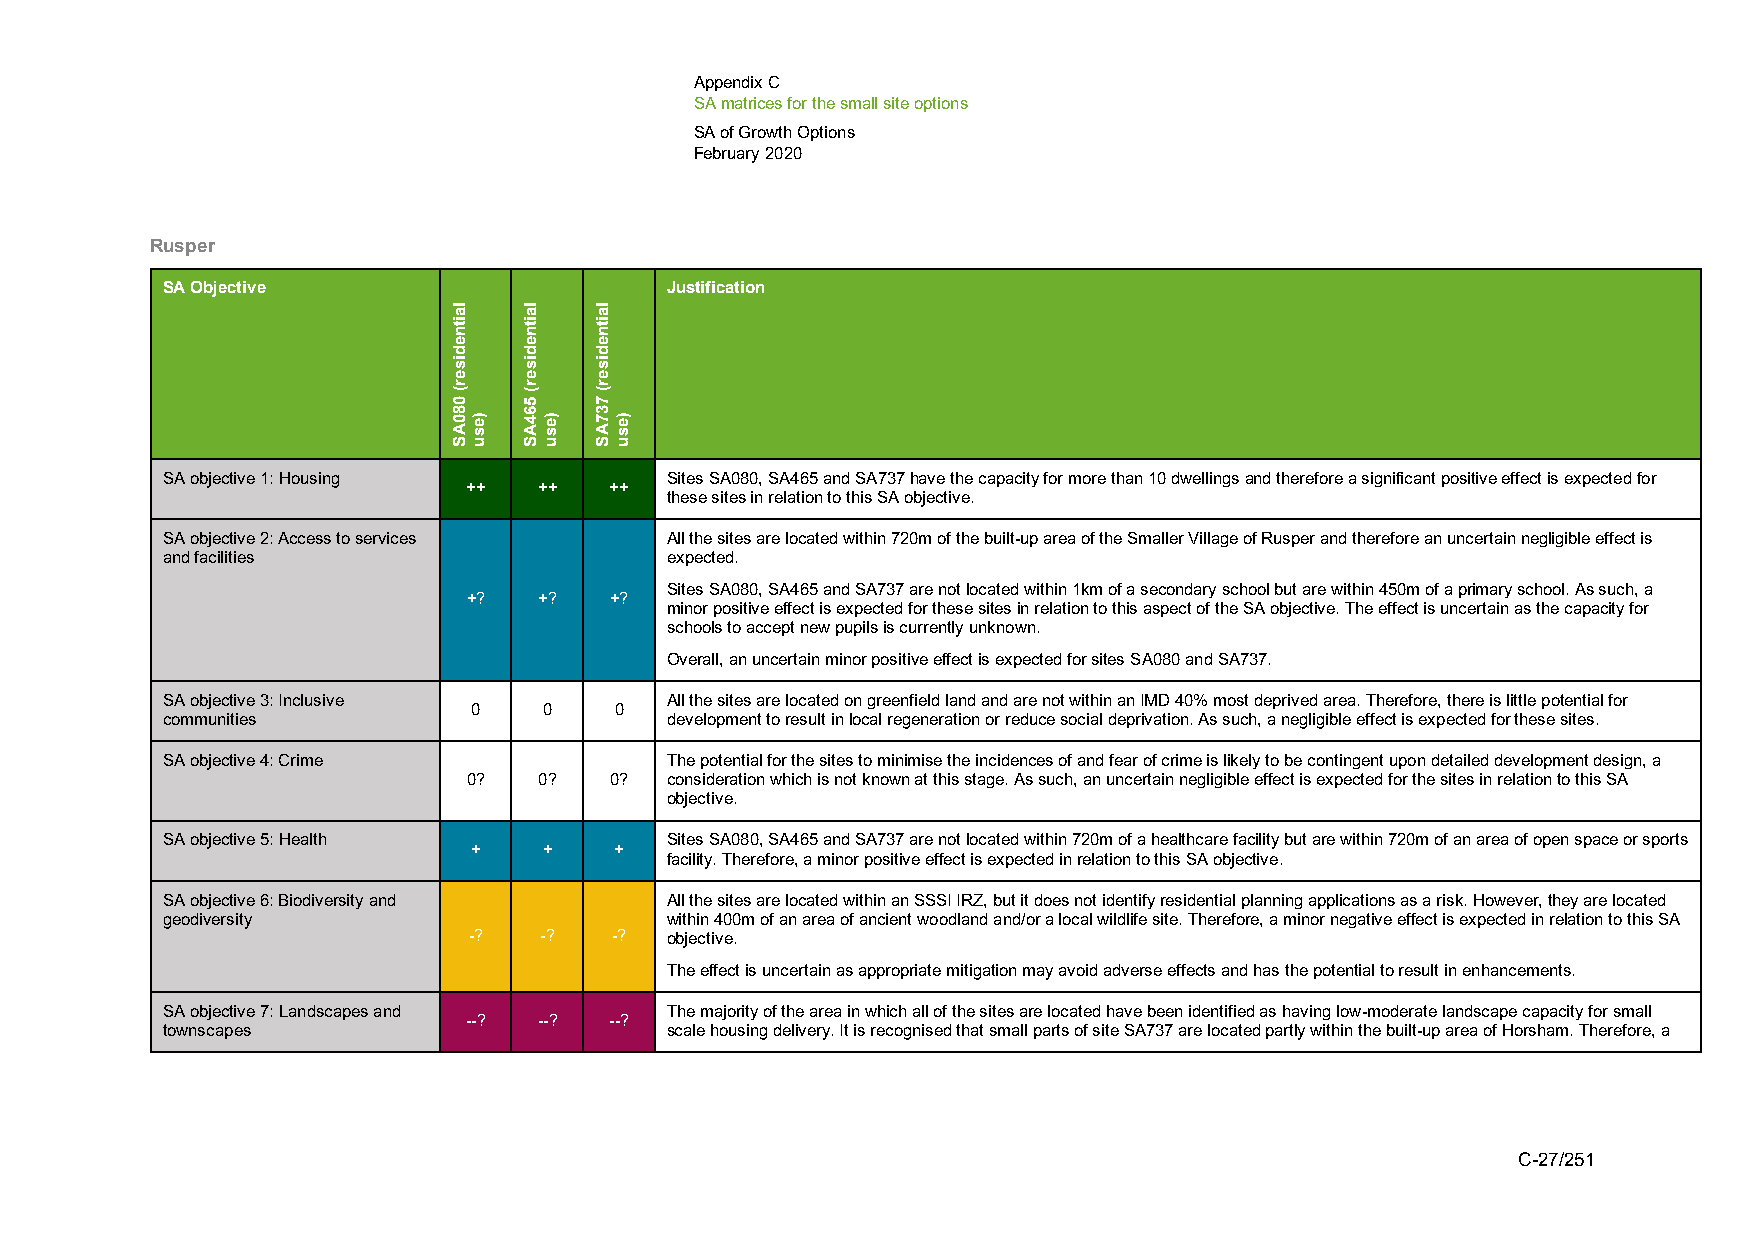
Appendix C
 SA matrices for the small site options
 SA of Growth Options
 February 2020
 Rusper
 SA Objective                     Justification
 SA objective 1: Housing          Sites SA080, SA465 and SA737 have the capacity for more than 10 dwellings and therefore a significant positive effect is expected for
 ++   ++  ++
 these sites in relation to this SA objective.
 SA objective 2: Access to services All the sites are located within 720m of the built-up area of the Smaller Village of Rusper and therefore an uncertain negligible effect is
 and facilities                   expected.
 Sites SA080, SA465 and SA737 are not located within 1km of a secondary school but are within 450m of a primary school. As such, a
 +?   +?  +?
 minor positive effect is expected for these sites in relation to this aspect of the SA objective. The effect is uncertain as the capacity for
 schools to accept new pupils is currently unknown.
 Overall, an uncertain minor positive effect is expected for sites SA080 and SA737.
 SA objective 3: Inclusive        All the sites are located on greenfield land and are not within an IMD 40% most deprived area. Therefore, there is little potential for
 0    0    0
 communities                      development to result in local regeneration or reduce social deprivation. As such, a negligible effect is expected for these sites.
 SA objective 4: Crime            The potential for the sites to minimise the incidences of and fear of crime is likely to be contingent upon detailed development design, a
 0?   0?  0?  consideration which is not known at this stage. As such, an uncertain negligible effect is expected for the sites in relation to this SA
 objective.
 SA objective 5: Health           Sites SA080, SA465 and SA737 are not located within 720m of a healthcare facility but are within 720m of an area of open space or sports
 +    +    +
 facility. Therefore, a minor positive effect is expected in relation to this SA objective.
 SA objective 6: Biodiversity and All the sites are located within an SSSI IRZ, but it does not identify residential planning applications as a risk. However, they are located
 geodiversity                     within 400m of an area of ancient woodland and/or a local wildlife site. Therefore, a minor negative effect is expected in relation to this SA
 -?   -?  -?  objective.
 The effect is uncertain as appropriate mitigation may avoid adverse effects and has the potential to result in enhancements.
 SA objective 7: Landscapes and   The majority of the area in which all of the sites are located have been identified as having low-moderate landscape capacity for small
 --?  --? --?
 townscapes                       scale housing delivery. It is recognised that small parts of site SA737 are located partly within the built-up area of Horsham. Therefore, a
 C-27/251
 laitnediser(
 080AS
 )esu
 laitnediser(
 564AS
 )esu
 laitnediser(
 737AS
 )esu